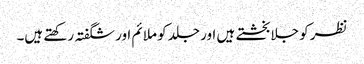
نظر کو جلا بخشتے ہیں اور جلد کو ملائم اور شگفتہ رکھتے ہیں۔